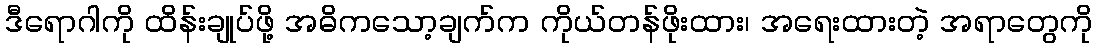
ဒီရောဂါကို ထိန်းချုပ်ဖို့ အဓိကသော့ချက်က ကိုယ်တန်ဖိုးထား၊ အရေးထားတဲ့ အရာတွေကို